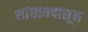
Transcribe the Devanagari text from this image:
शांघायपासून